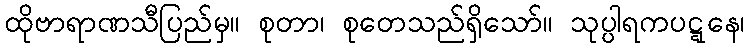
ထိုဗာရာဏသီပြည်မှ။ စုတာ၊ စုတေသည်ရှိသော်။ သုပ္ပါရကပဋ္ဋနေ၊